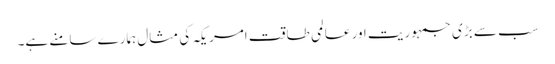
سب سے بڑی جمہوریت اور عالمی طاقت امریکہ کی مثال ہمارے سامنے ہے۔